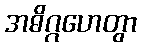
အဓိဂ္ဂဟေတွာ